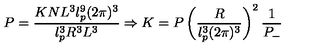
P = \frac { K N L ^ { 3 } l _ { p } ^ { 9 } ( 2 \pi ) ^ { 3 } } { l _ { p } ^ { 3 } R ^ { 3 } L ^ { 3 } } \Rightarrow K = P \left( \frac { R } { l _ { p } ^ { 3 } ( 2 \pi ) ^ { 3 } } \right) ^ { 2 } \frac { 1 } { P _ { - } }